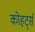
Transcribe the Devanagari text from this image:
कोहर्ट्स